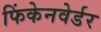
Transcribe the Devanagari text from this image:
फिंकेनवेर्डर